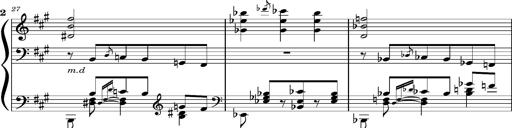
Title: Concerto sans orchestre, S.524a
Composer: Franz Liszt
Key: A major